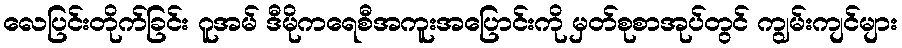
လေပြင်းတိုက်ခြင်း ဂူအမ် ဒီမိုကရေစီအကူးအပြောင်းကို မှတ်စုစာအုပ်တွင် ကျွမ်းကျင်များ